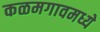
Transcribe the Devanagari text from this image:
कळमगावमध्ये